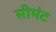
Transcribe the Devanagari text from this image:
सीमंट